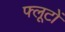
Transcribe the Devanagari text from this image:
फ्लूटों